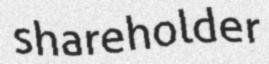
shareholder